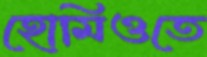
হোমিওতে